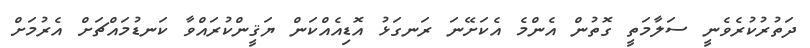
ދަތުރުކުރެވެނީ ސަލާމަތީ ގޮތުން އެންމެ އެކަށޭނަ ރަނގަޅު އޮޑިއެއްކަން ޔަޤީންކުރައްވާ ކަނޑުމައްޗަށް އެރުމަށް